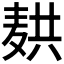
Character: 𬹆